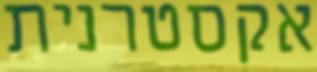
אקסטרנית